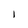
Character: I